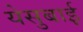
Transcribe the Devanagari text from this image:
येसुबाई